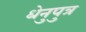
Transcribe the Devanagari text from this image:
धेनुपुत्र